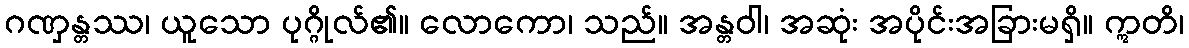
ဂဏှန္တဿ၊ ယူသော ပုဂ္ဂိုလ်၏။ လောကော၊ သည်။ အန္တဝါ၊ အဆုံး အပိုင်းအခြားမရှိ။ ဣတိ၊